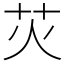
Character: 苂